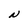
Character: N